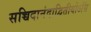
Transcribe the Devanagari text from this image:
सच्चिदानंदाद्वितीयोऽसि